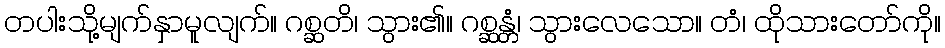
တပါးသို့မျက်နှာမူလျက်။ ဂစ္ဆတိ၊ သွား၏။ ဂစ္ဆန္တံ၊ သွားလေသော။ တံ၊ ထိုသားတော်ကို။